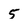
Character: 5